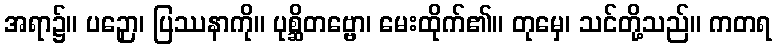
အရာ၌။ ပဉှော၊ ပြဿနာကို။ ပုစ္ဆိတဗ္ဗော၊ မေးထိုက်၏။ တုမှေ၊ သင်တို့သည်။ ကတရ